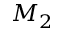
M _ { 2 }